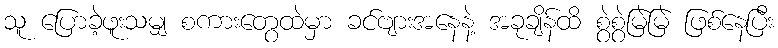
သူ ပြောခဲ့ဖူးသမျှ စကားတွေထဲမှာ ခင်ဗျားအနေနဲ့ အခုချိန်ထိ စွဲစွဲမြဲမြဲ ဖြစ်နေပြီး